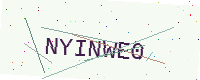
Text: NYINWE0